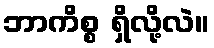
ဘာကိစ္စ ရှိလို့လဲ။